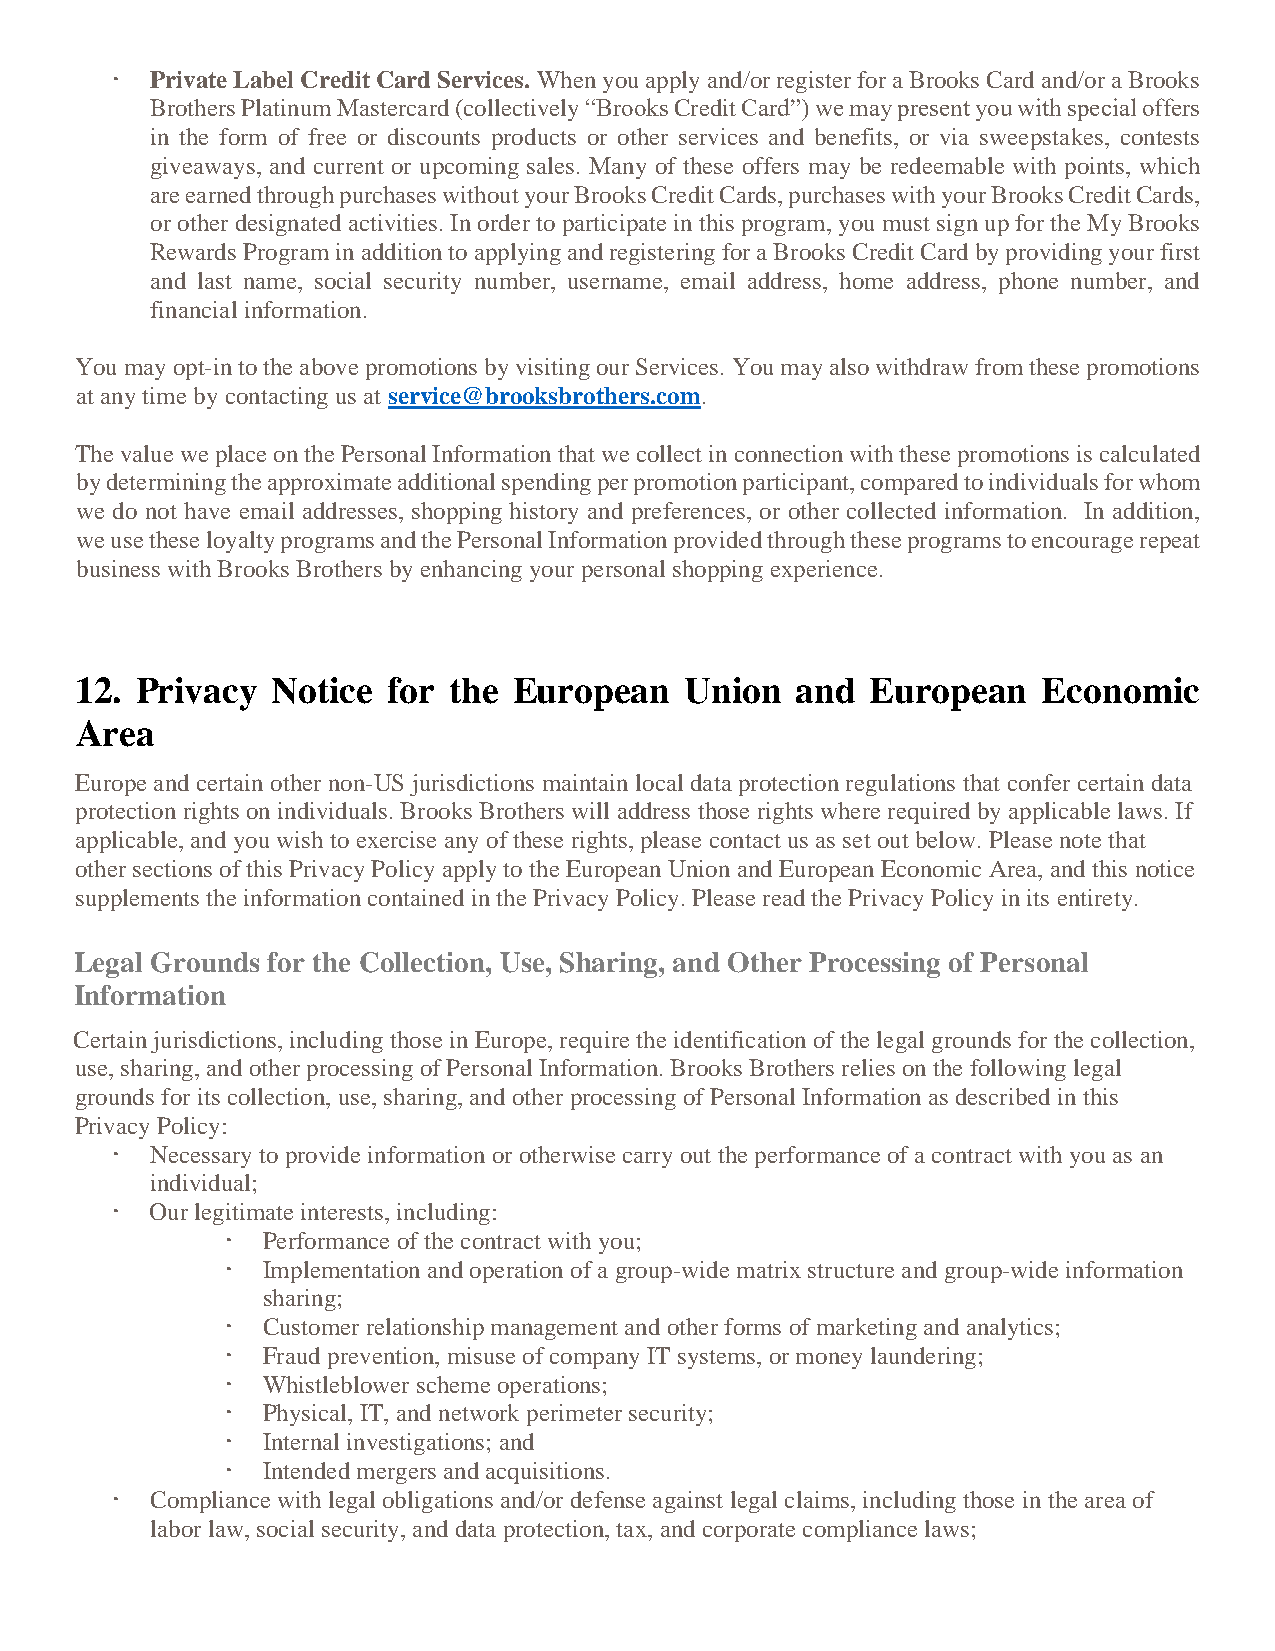
  Private Label Credit Card Services. When you apply and/or register for a Brooks Card and/or a Brooks
 Brothers Platinum Mastercard (collectively “Brooks Credit Card”) we may present you with special offers
 in the form of free or discounts products or other services and benefits, or via sweepstakes, contests
 giveaways, and current or upcoming sales. Many of these offers may be redeemable with points, which
 are earned through purchases without your Brooks Credit Cards, purchases with your Brooks Credit Cards,
 or other designated activities. In order to participate in this program, you must sign up for the My Brooks
 Rewards Program in addition to applying and registering for a Brooks Credit Card by providing your first
 and last name, social security number, username, email address, home address, phone number, and
 financial information.
 You may opt-in to the above promotions by visiting our Services. You may also withdraw from these promotions
 at any time by contacting us at service@brooksbrothers.com.
 The value we place on the Personal Information that we collect in connection with these promotions is calculated
 by determining the approximate additional spending per promotion participant, compared to individuals for whom
 we do not have email addresses, shopping history and preferences, or other collected information. In addition,
 we use these loyalty programs and the Personal Information provided through these programs to encourage repeat
 business with Brooks Brothers by enhancing your personal shopping experience.
 12. Privacy  Notice  for the European   Union   and  European   Economic
 Area
 Europe and certain other non-US jurisdictions maintain local data protection regulations that confer certain data
 protection rights on individuals. Brooks Brothers will address those rights where required by applicable laws. If
 applicable, and you wish to exercise any of these rights, please contact us as set out below. Please note that
 other sections of this Privacy Policy apply to the European Union and European Economic Area, and this notice
 supplements the information contained in the Privacy Policy. Please read the Privacy Policy in its entirety.
 Legal Grounds for the Collection, Use, Sharing, and Other Processing of Personal
 Information
 Certain jurisdictions, including those in Europe, require the identification of the legal grounds for the collection,
 use, sharing, and other processing of Personal Information. Brooks Brothers relies on the following legal
 grounds for its collection, use, sharing, and other processing of Personal Information as described in this
 Privacy Policy:
   Necessary to provide information or otherwise carry out the performance of a contract with you as an
 individual;
   Our legitimate interests, including:
  Performance of the contract with you;
  Implementation and operation of a group-wide matrix structure and group-wide information
 sharing;
  Customer relationship management and other forms of marketing and analytics;
  Fraud prevention, misuse of company IT systems, or money laundering;
  Whistleblower scheme operations;
  Physical, IT, and network perimeter security;
  Internal investigations; and
  Intended mergers and acquisitions.
   Compliance with legal obligations and/or defense against legal claims, including those in the area of
 labor law, social security, and data protection, tax, and corporate compliance laws;